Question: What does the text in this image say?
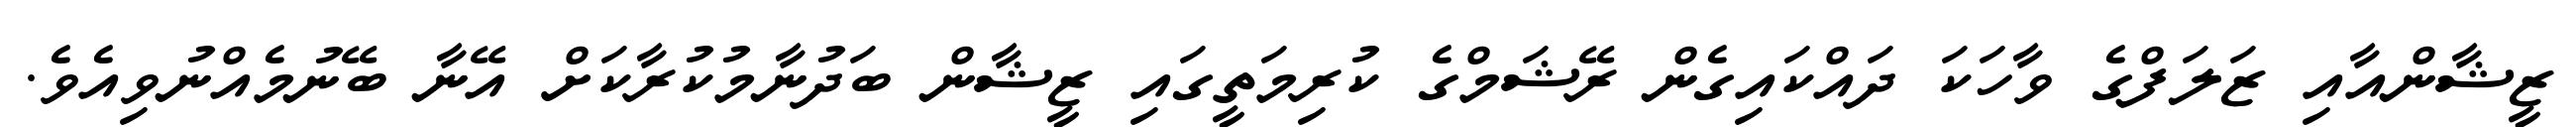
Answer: ޒީޝާންއާއި ޒަލަފްގެ ވާހަކަ ދައްކައިގެން ރޭޝަމްގެ ކުރިމަތީގައި ޒީޝާން ބަދުނާމުކުރާކަށް އޭނާ ބޭނުމެއްނުވިއެވެ.